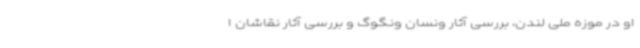
او در موزه ملی لندن، بررسی آثار ونسان ونگوگ و بررسی آثار نقاشان ا